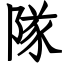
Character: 隊